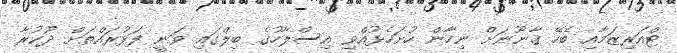
ޓްއަރިޒަމާއި ބެހޭ ޤާނޫނަށް ނިހާން ހުށަހެޅުއްވި އިސްލާހުގެ ބިލްގައި ވަނީ ފަޅުރައްތަށް ދޫކުރާ